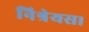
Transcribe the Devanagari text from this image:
निश्रेयस।